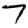
Digit: 7